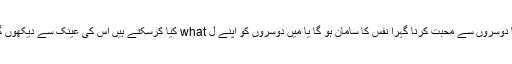
کیا دوسروں سے محبت کرنا گہرا نفس کا سامان ہو گا یا میں دوسروں کو اپنے ل what کیا کرسکتے ہیں اس کی عینک سے دیکھوں گا؟